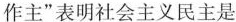
作主”表明社会主义民主是